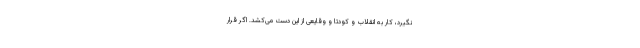
نگیرد، کار به انقلاب و کودتا و وقایعی از این دست می‌کشد. اگر قرار